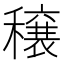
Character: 穣